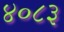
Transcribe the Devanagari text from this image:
४०८३